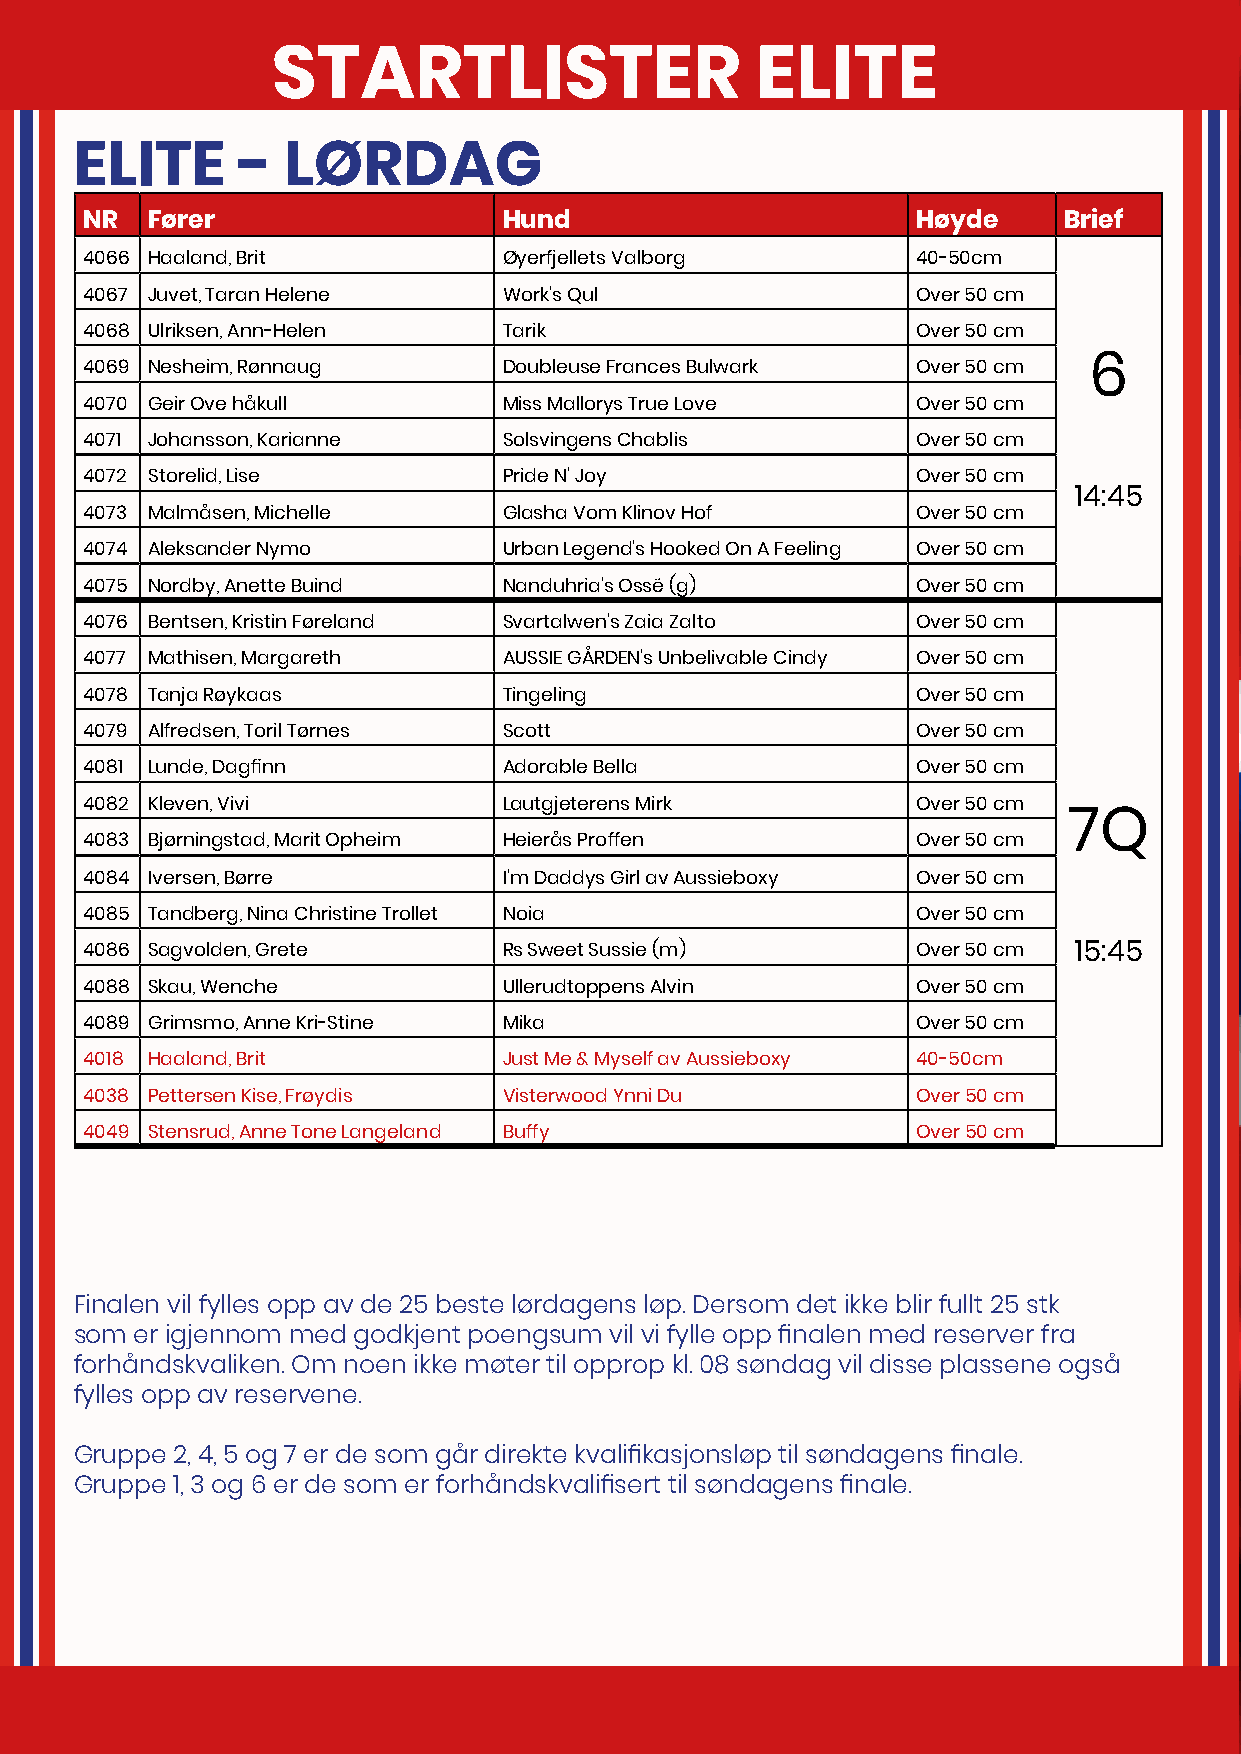
STARTLISTER                     ELITE
 ELITE      -  LØRDAG
 NR   Fører                  Hund                        Høyde    Brief
 4066 Haaland, Brit          Øyerfjellets Valborg        40-50cm
 4067 Juvet, Taran Helene    Work's Qul                  Over 50 cm
 4068 Ulriksen, Ann-Helen    Tarik                       Over 50 cm
 4069 Nesheim, Rønnaug       Doubleuse Frances Bulwark   Over 50 cm 6
 4070 Geir Ove håkull        Miss Mallorys True Love     Over 50 cm
 4071 Johansson, Karianne    Solsvingens Chablis         Over 50 cm
 4072 Storelid, Lise         Pride N' Joy                Over 50 cm
 14:45
 4073 Malmåsen, Michelle     Glasha Vom Klinov Hof       Over 50 cm
 4074 Aleksander Nymo        Urban Legend's Hooked On A Feeling Over 50 cm
 4075 Nordby, Anette Buind   Nanduhria's Ossë (g)        Over 50 cm
 4076 Bentsen, Kristin Føreland Svartalwen's Zaia Zalto  Over 50 cm
 4077 Mathisen, Margareth    AUSSIE GÅRDEN's Unbelivable Cindy Over 50 cm
 4078 Tanja Røykaas          Tingeling                   Over 50 cm
 4079 Alfredsen, Toril Tørnes Scott                      Over 50 cm
 4081 Lunde, Dagfinn         Adorable Bella              Over 50 cm
 4082 Kleven, Vivi           Lautgjeterens Mirk          Over 50 cm
 7Q
 4083 Bjørningstad, Marit Opheim Heierås Proffen         Over 50 cm
 4084 Iversen, Børre         I'm Daddys Girl av Aussieboxy Over 50 cm
 4085 Tandberg, Nina Christine Trollet Noia              Over 50 cm
 4086 Sagvolden, Grete       Rs Sweet Sussie (m)         Over 50 cm 15:45
 4088 Skau, Wenche           Ullerudtoppens Alvin        Over 50 cm
 4089 Grimsmo, Anne Kri-Stine Mika                      Over 50 cm
 4018 Haaland, Brit         Just Me & Myself av Aussieboxy 40-50cm
 4038 Pettersen Kise, Frøydis Visterwood Ynni Du        Over 50 cm
 4049 Stensrud, Anne Tone Langeland Buffy               Over 50 cm
 Finalen vil fylles opp av de 25 beste lørdagens løp. Dersom det ikke blir fullt 25 stk
 som er igjennom med godkjent poengsum vil vi fylle opp finalen med reserver fra
 forhåndskvaliken. Om noen ikke møter til opprop kl. 08 søndag vil disse plassene også
 fylles opp av reservene.
 Gruppe 2, 4, 5 og 7 er de som går direkte kvalifikasjonsløp til søndagens finale.
 Gruppe 1, 3 og 6 er de som er forhåndskvalifisert til søndagens finale.